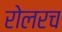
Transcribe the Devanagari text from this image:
रोलरच